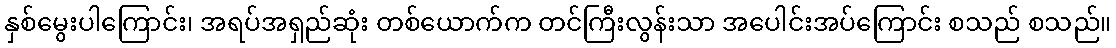
နှစ်မွေးပါကြောင်း၊ အရပ်အရှည်ဆုံး တစ်ယောက်က တင်ကြီးလွန်းသာ အပေါင်းအပ်ကြောင်း စသည် စသည်။